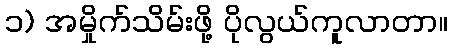
၁) အမှိုက်သိမ်းဖို့ ပိုလွယ်ကူလာတာ။